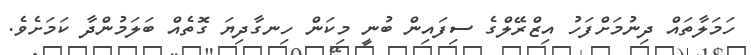
ހަމަލާތައް ދިނުމަށްފަހު އިޒްރޭލްގެ ސިފައިން ބުނީ މިކަން ހިނގާދިޔަ ގޮތެއް ބަލަމުންދާ ކަމަށެވެ.